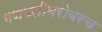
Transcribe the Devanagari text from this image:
गणपतीबरोबरच